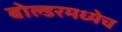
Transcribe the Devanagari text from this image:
बोल्डरमध्येच